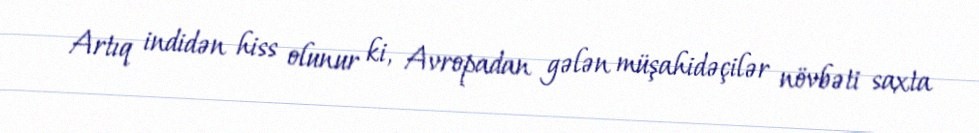
Artıq indidən hiss olunur ki, Avropadan gələn müşahidəçilər növbəti saxta